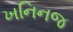
ખનિનજ